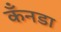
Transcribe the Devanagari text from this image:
कँनडा